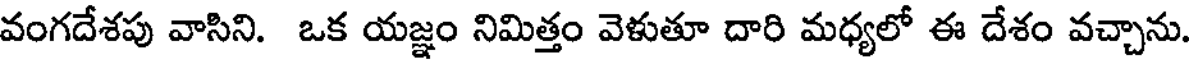
వంగదేశపు వాసిని. ఒక యజ్ఞం నిమిత్తం వెళుతూ దారి మధ్యలో ఈ దేశం వచ్చాను.